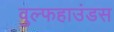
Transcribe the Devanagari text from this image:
वुल्फहाउंडस